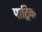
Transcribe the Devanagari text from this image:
पाट्रिक